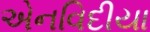
એનવિદીયા